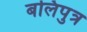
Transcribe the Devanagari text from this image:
बलिपुत्र